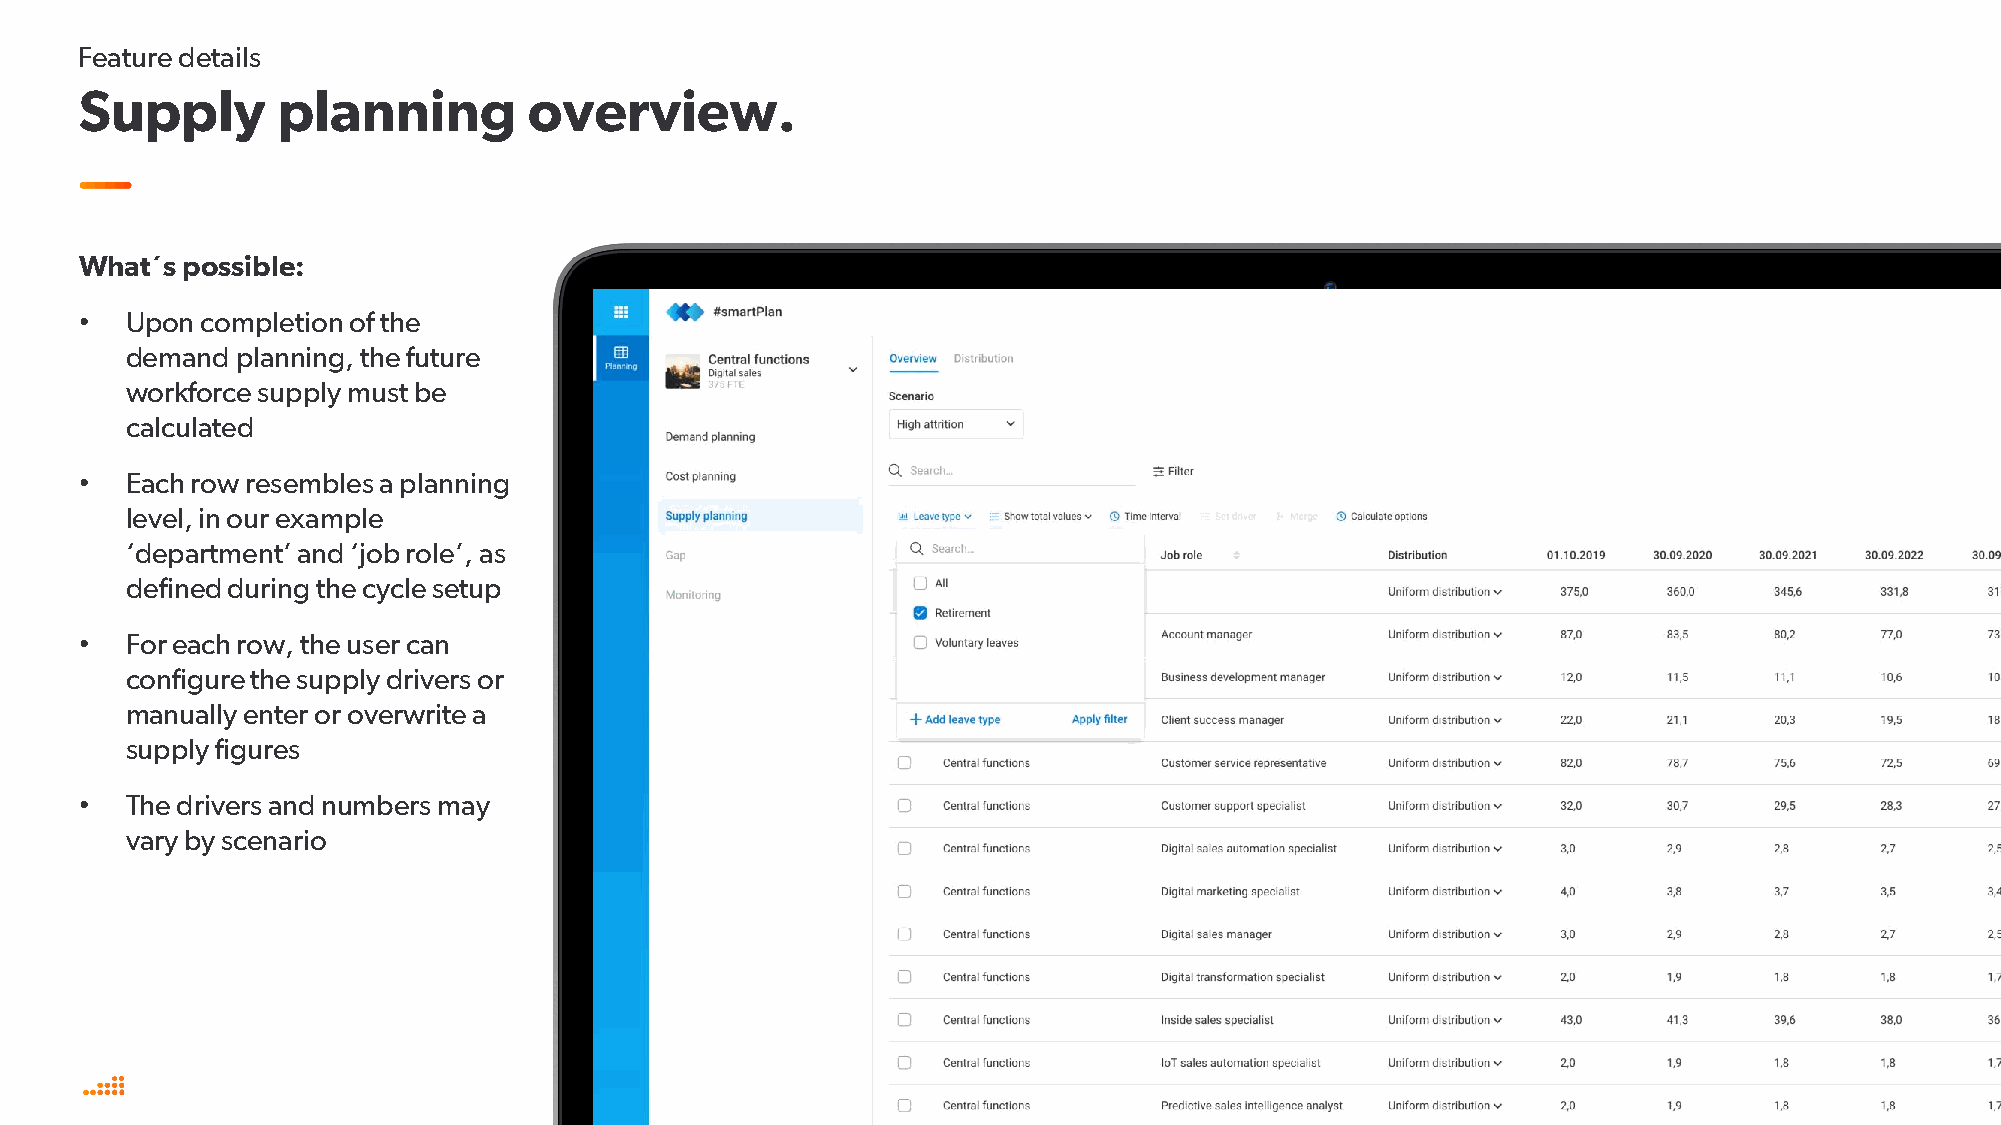
Feature details
 Supply       planning         overview.
 What´s possible:
 •  Upon completion of the
 demand  planning, the future
 workforce supply must be
 calculated
 •  Each row resembles a planning
 level, in our example
 ‘department’ and ‘job role’, as
 defined during the cycle setup
 •  For each row, the user can
 configure the supply drivers or
 manually enter or overwrite a
 supply figures
 •  The drivers and numbers may
 vary by scenario
 / 12